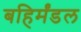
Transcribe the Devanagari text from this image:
बहिर्मंडल